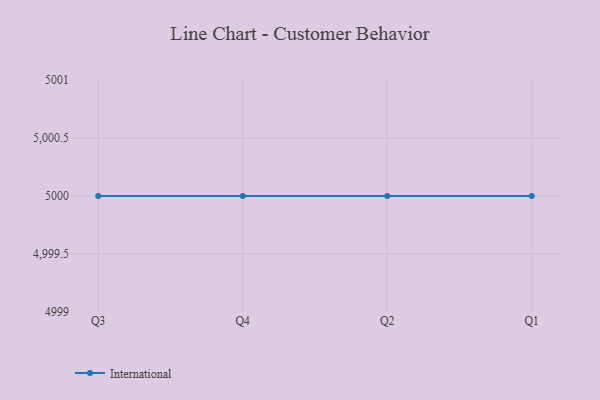
{"axis": {"x": "Quarter", "y": "Page Views"}, "legend": ["International"], "data": [{"x": "Q3", "y": 5000, "type": "International"}, {"x": "Q4", "y": 5000, "type": "International"}, {"x": "Q2", "y": 5000, "type": "International"}, {"x": "Q1", "y": 5000, "type": "International"}]}